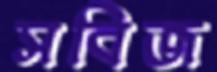
সবিজ